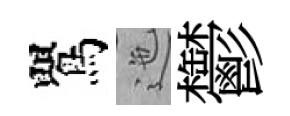
鸎迤鬱